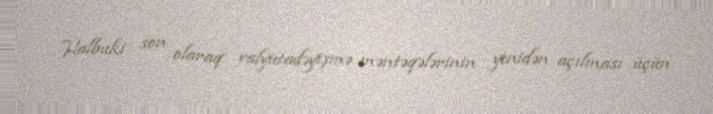
Halbuki son olaraq valyutadəyişmə məntəqələrinin yenidən açılması üçün